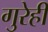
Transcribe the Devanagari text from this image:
गुरेही